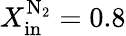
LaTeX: X_{\mathrm{in}}^{\mathrm{N_{2}}}=0.8